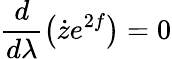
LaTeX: \frac{d}{d\lambda}\left(\dot{z}e^{2f}\right)=0